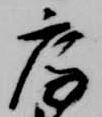
房